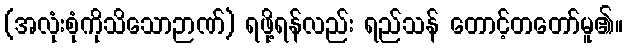
(အလုံးစုံကိုသိသောဉာဏ်) ရဖို့ရန်လည်း ရည်သန် တောင့်တတော်မူ၏။